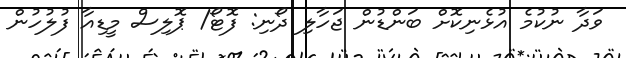
ވަދާ ނުކުމެ އުޅެނިކޮށް ބަންޑުން ޖަހާލި ދޯނި: ފޮޓޯ/ ޕޮލިސް މީޑިއާ ފުލުހުން